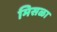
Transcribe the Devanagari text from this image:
मिसळा